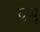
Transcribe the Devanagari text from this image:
यप्पू